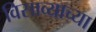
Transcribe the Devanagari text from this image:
विसाव्याच्या